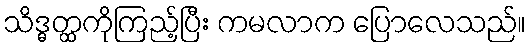
သိဒ္ဓတ္ထကိုကြည့်ပြီး ကမလာက ပြောလေသည်။